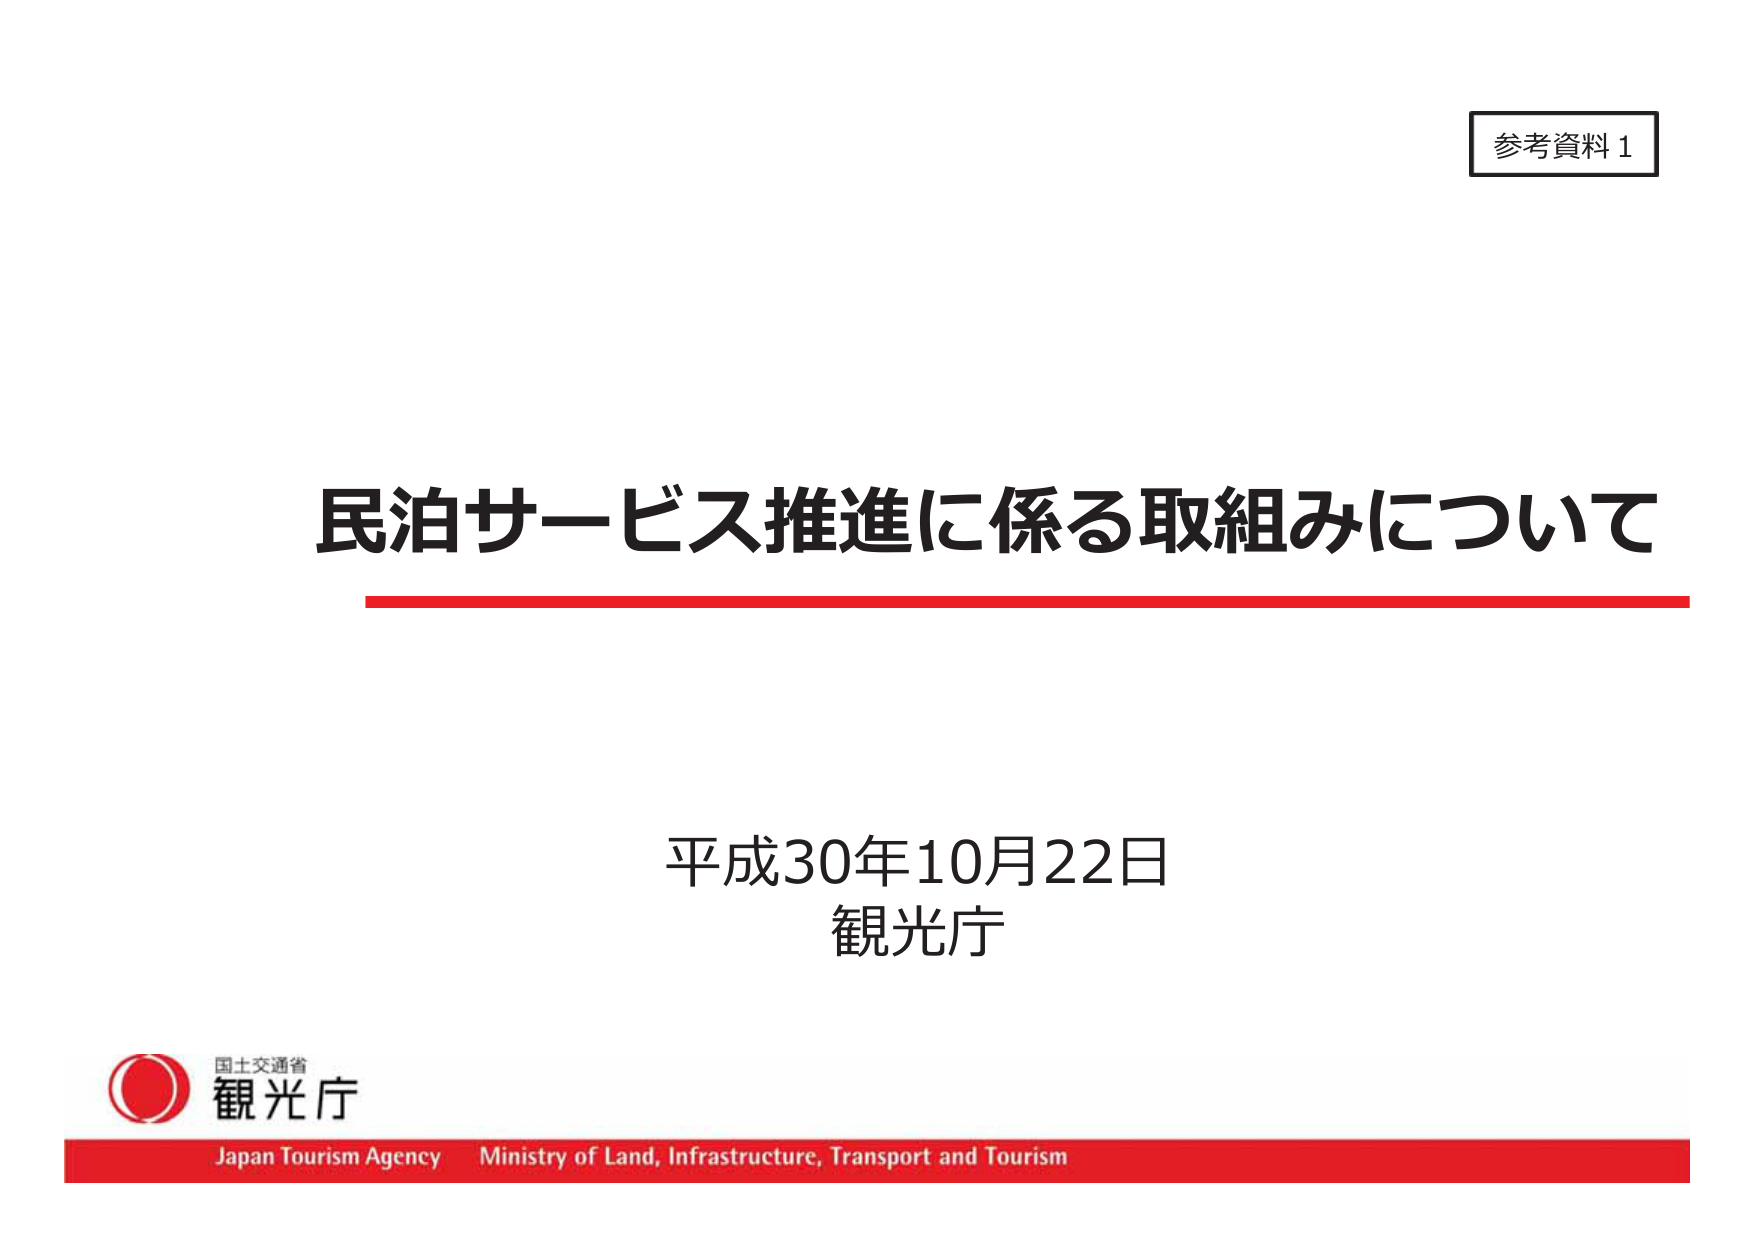
参考資料1

民泊サービス推進に係る取組みについて

平成30年10月22日
観光庁

国土交通省
観光庁
Japan Tourism Agency Ministry of Land, Infrastructure, Transport and Tourism